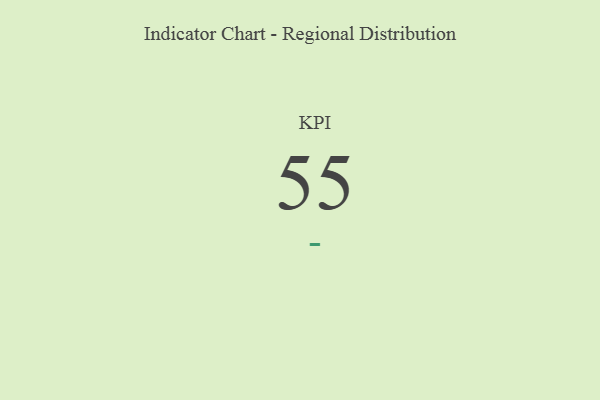
{"axis": {"x": "KPI", "y": "Value"}, "legend": [""], "data": [{"x": "KPI", "y": 55, "type": ""}]}